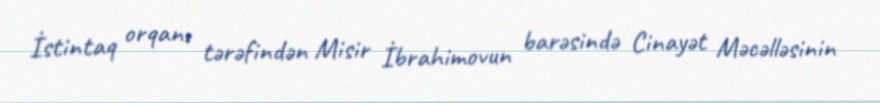
İstintaq orqanı tərəfindən Misir İbrahimovun barəsində Cinayət Məcəlləsinin